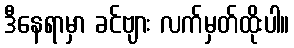
ဒီနေရာမှာ ခင်ဗျား လက်မှတ်ထိုးပါ။